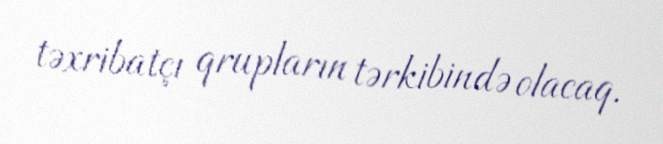
təxribatçı qrupların tərkibində olacaq.